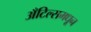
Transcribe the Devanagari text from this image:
अँटिल्समधून